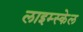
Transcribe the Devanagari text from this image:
लाइम्स्केल